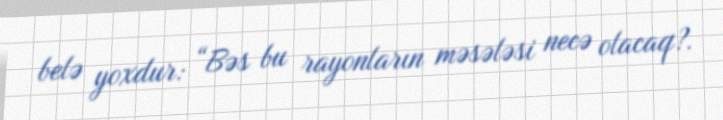
belə yoxdur: “Bəs bu rayonların məsələsi necə olacaq?.